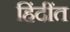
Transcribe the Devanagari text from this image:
हिंदींत